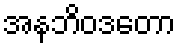
အနဘိဝဒတော